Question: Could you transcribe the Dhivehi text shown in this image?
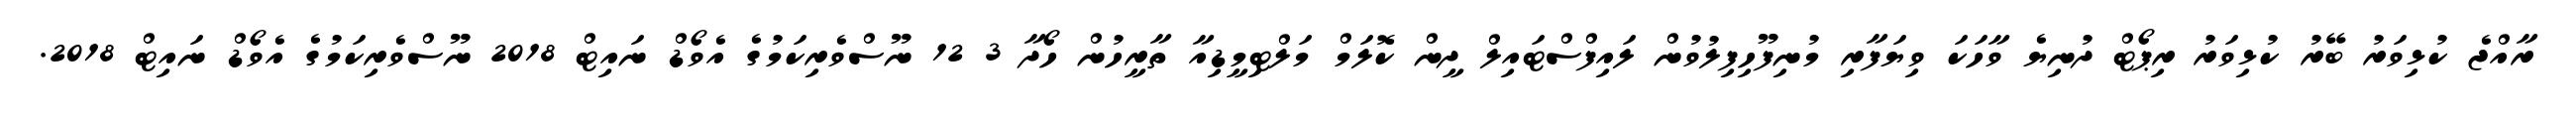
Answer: ރާއްޖެ ކުޅިވަރު ބޭރު ކުޅިވަރު ރިޕޯޓް ދުނިޔެ ވާހަކަ ވިޔަފާރި މުނިފޫހިފިލުވުން ލައިފްސްޓައިލް ދީން ކޮލަމް މަލްޓިމީޑިއާ ތާރީހުން ހޯދާ 3 12 ނޫސްވެރިކަމުގެ އެވޯޑް ނައިޓް 2018 ނޫސްވެރިކަމުގެ އެވޯޑް ނައިޓް 2018.